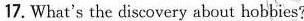
17. What's the discovery about hobbies?